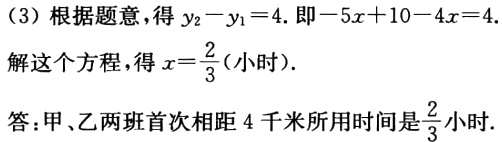
（3）根据题意，得\(y_{2}-y_{1}=4\). 即\(-5x + 10 - 4x = 4\).
解这个方程，得\(x = \frac{2}{3}\)（小时）.
答：甲、乙两班首次相距4千米所用时间是\(\frac{2}{3}\)小时.